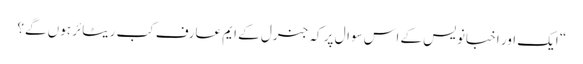
“ ایک اور اخبانویس کے اس سوال پر کہ جنرل کے ایم عارف کب ریٹائر ہوں گے؟